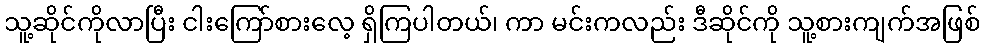
သူ့ဆိုင်ကိုလာပြီး ငါးကြော်စားလေ့ ရှိကြပါတယ်၊ ကာ မင်းကလည်း ဒီဆိုင်ကို သူ့စားကျက်အဖြစ်